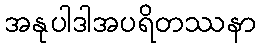
အနုပါဒါအပရိတဿနာ